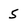
Character: 5